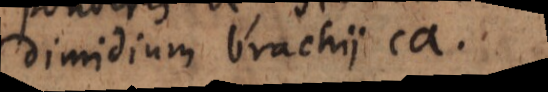
dimidium brachii ca.